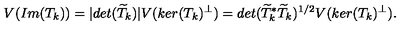
V ( I m ( T _ { k } ) ) = | d e t ( \widetilde { T } _ { k } ) | V ( k e r ( T _ { k } ) ^ { \perp } ) = d e t ( \widetilde { T } _ { k } ^ { * } \widetilde { T } _ { k } ) ^ { 1 / 2 } V ( k e r ( T _ { k } ) ^ { \perp } ) .